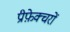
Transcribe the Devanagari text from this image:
प्रीफ़ेक्चरों